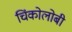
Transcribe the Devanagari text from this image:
चिंकोलोबी